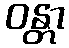
ဝန္တာ